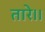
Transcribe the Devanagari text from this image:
तारे।।